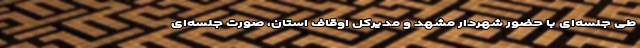
طی جلسه‌ای با حضور شهردار مشهد و مدیرکل اوقاف استان، صورت جلسه‌ای